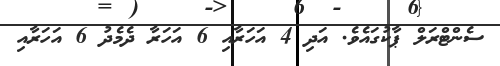
ސެންޓްރަލް ޕާކުގައެވެ. އަދި 4 އަހަރާއި 6 އަހަރާ ދެމެދު 6 އަހަރާއި